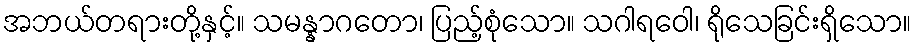
အဘယ်တရားတို့နှင့်။ သမန္နာဂတော၊ ပြည့်စုံသော။ သဂါရဝေါ၊ ရိုသေခြင်းရှိသော။